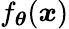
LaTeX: f_{\boldsymbol{\theta}}(\boldsymbol{x})